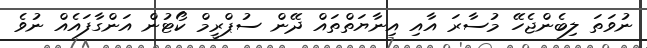
ނުވަތަ ލިބެންޖެހޭ މުސާރަ އާއި އިނާޔަތްތައް ދޭން ސުޕްރީމް ކޯޓުން އަންގާފައެއް ނުވެ